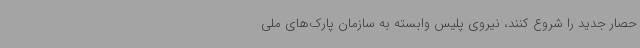
حصار جدید را شروع کنند، نیروی پلیس وابسته به سازمان پارک‌های ملی